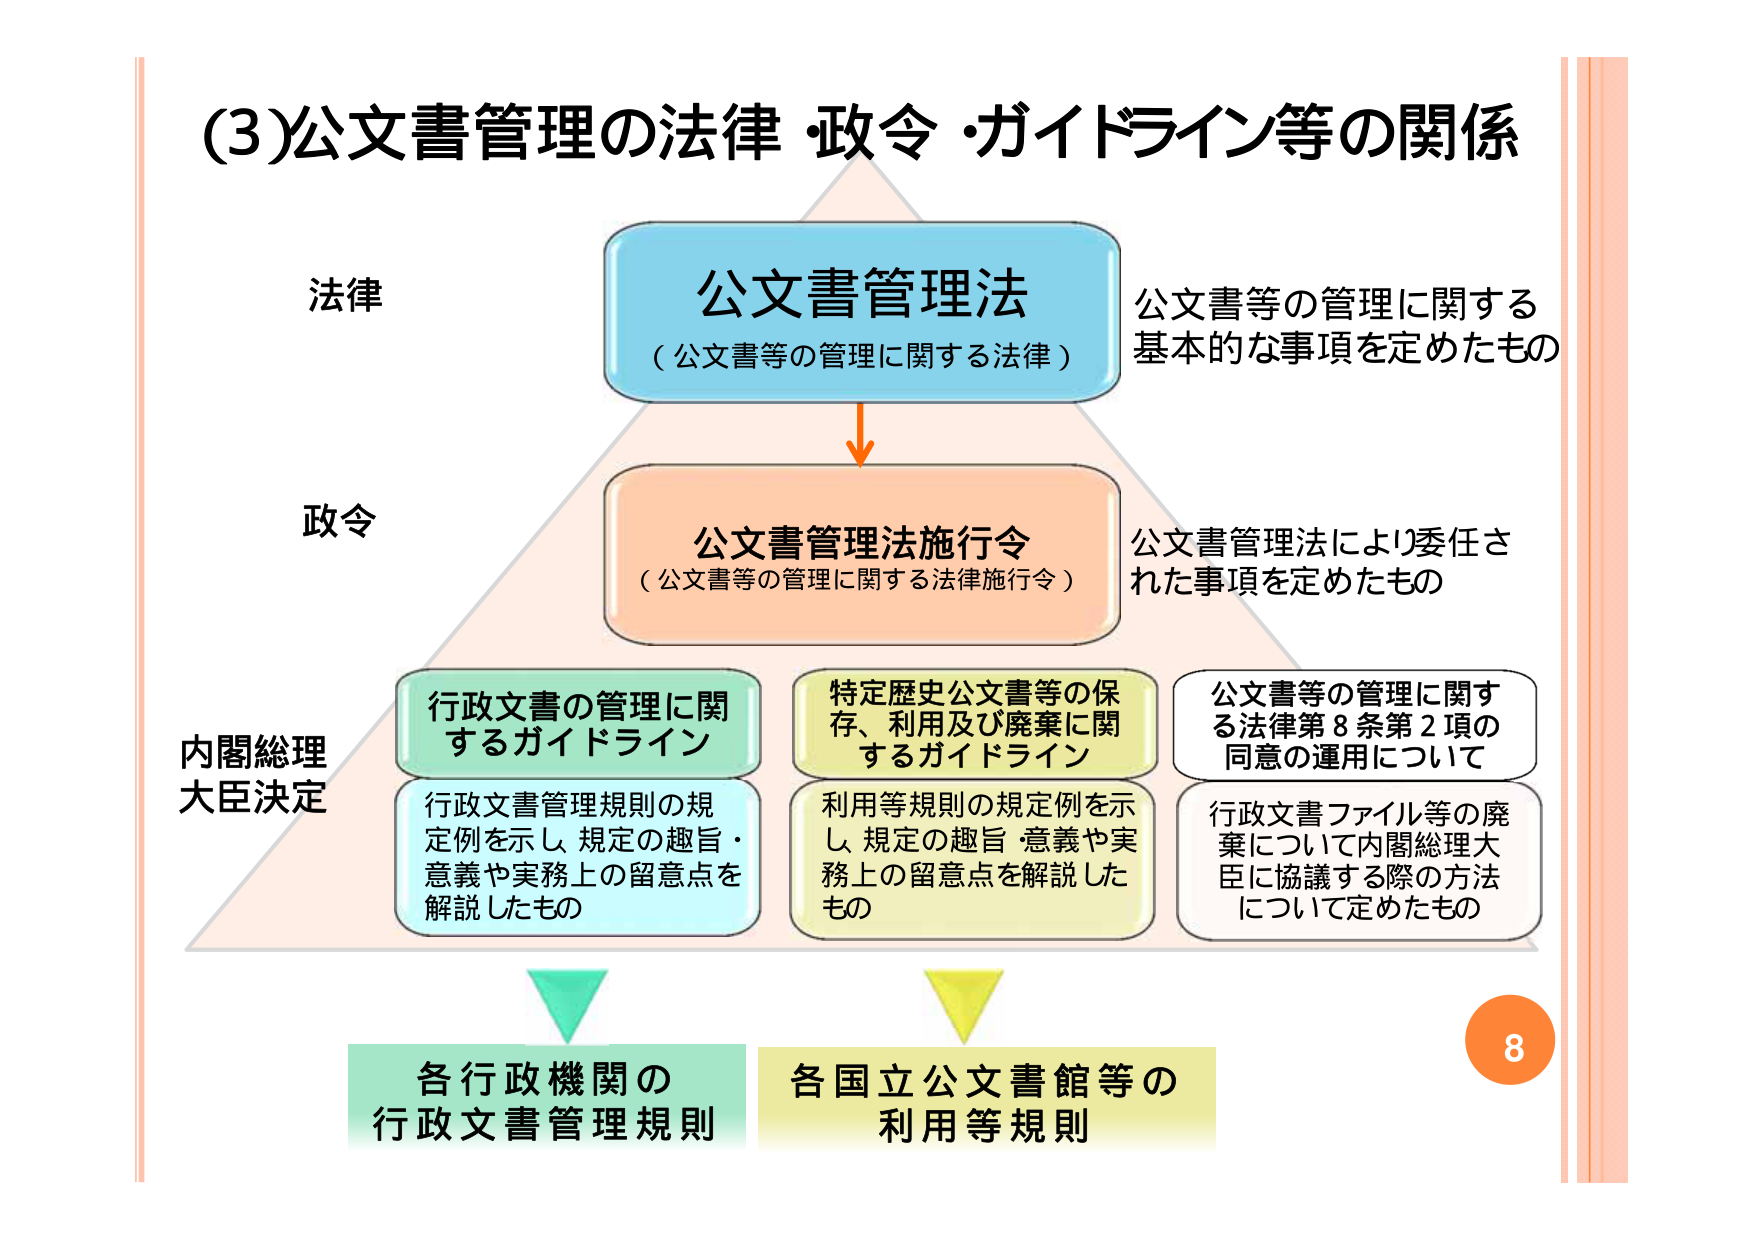
(3)公文書管理の法律・政令・ガイドライン等の関係

法律
公文書管理法
（公文書等の管理に関する法律）
公文書等の管理に関する
基本的な事項を定めたもの

政令
公文書管理法施行令
（公文書等の管理に関する法律施行令）
公文書管理法により委任さ
れた事項を定めたもの

内閣総理
大臣決定
行政文書の管理に関
するガイドライン
行政文書管理規則の規
定例を示し 規定の趣旨・
意義や実務上の留意点を
解説したもの

特定歴史公文書等の保
存、利用及び廃棄に関
するガイドライン
利用等規則の規定例を示
し 規定の趣旨・意義や実
務上の留意点を解説した
もの

公文書等の管理に関す
る法律第8条第2項の
同意の運用について
行政文書ファイル等の廃
棄について内閣総理大
臣に協議する際の方法
について定めたもの

各行政機関の
行政文書管理規則

各国立公文書館等の
利用等規則

8